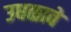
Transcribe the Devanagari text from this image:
उधळावे